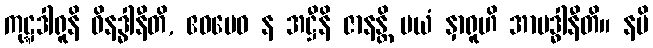
ကုဋ္ဋဒါရူနိ ဝိနဒ္ဓါနီတိ, ဧဝမေဝ န အဋ္ဌီနိ ဇာနန္တိ မယံ နှာရူဟိ အာဗဒ္ဓါနီတိ။ နပိ